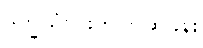
ဒုက္ခသုံးပါးကို ပြဆိုခန်း